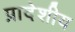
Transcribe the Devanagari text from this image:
प्रादेशीय